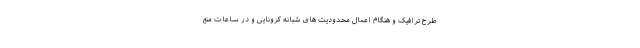
طرح ترافیک و هنگام اعمال محدودیت های شبانه کرونایی و در ساعات منع